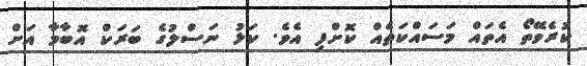
ކުރެވޭތޯ އެތައް މަސައްކަތެއް ކޮށްފި އެވެ. ކަޅު ނަސްލުގެ ބަރަކް އޮބާމާ އަށް